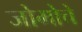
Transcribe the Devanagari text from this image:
जोमोचे